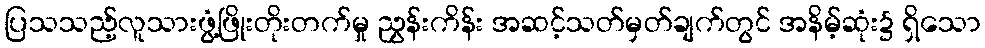
ပြသသည့်လူသားဖွံ့ဖြိုးတိုးတက်မှု ညွှန်းကိန်း အဆင့်သတ်မှတ်ချက်တွင် အနိမ့်ဆုံး၌ ရှိသော